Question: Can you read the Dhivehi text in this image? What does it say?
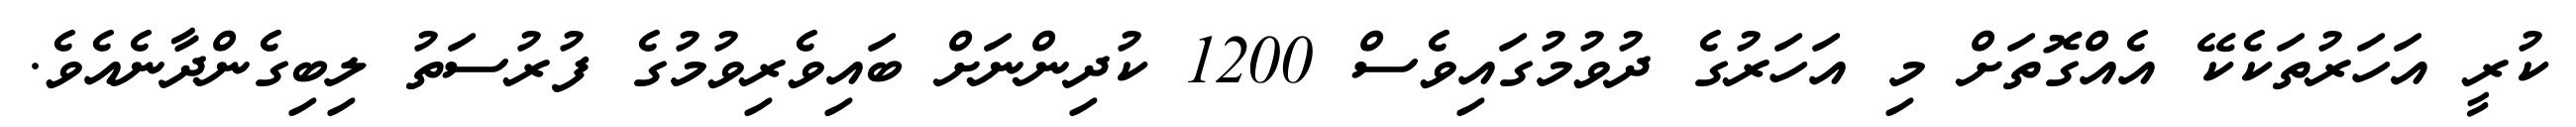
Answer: ކުރީ އަހަރުތަކެކޭ އެއްގޮތަށް މި އަހަރުގެ ދުވުމުގައިވެސް 1200 ކުދިންނަށް ބައިވެރިވުމުގެ ފުރުސަތު ލިބިގެންދާނެއެވެ.